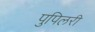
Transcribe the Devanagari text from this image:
पुपिलरी